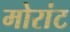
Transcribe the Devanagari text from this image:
मोरांट